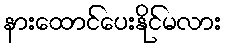
နားထောင်ပေးနိုင်မလား